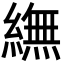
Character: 䌗